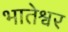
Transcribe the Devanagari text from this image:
भातेश्वर